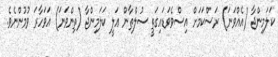
ކަލަމިންޖާ (އެއްވަނަ) ރަސްކަމަށް އިސްވެވަޑައިގަތީ ސުލްޠާން ޢަލީ ކަލަމިންޖާ (ތިންވަނަ) އަވަހާރަ ވުމުންނެވެ.